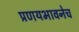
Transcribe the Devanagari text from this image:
प्रणयभावनेच